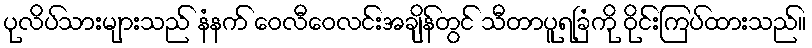
ပုလိပ်သားများသည် နံနက် ဝေလီဝေလင်းအချိန်တွင် သီတာပူရခြံကို ဝိုင်းကြပ်ထားသည်။